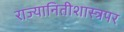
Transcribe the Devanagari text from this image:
राज्यानितीशास्त्रपर